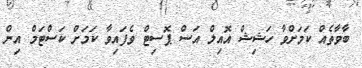
ބާވާތެއް ކަމަށްވާ ހަޝިޝް އޮއިލް އަސް ޕޮސިޓް ވެފައިވާ ކަމަށް ކަސްޓަމް އިން